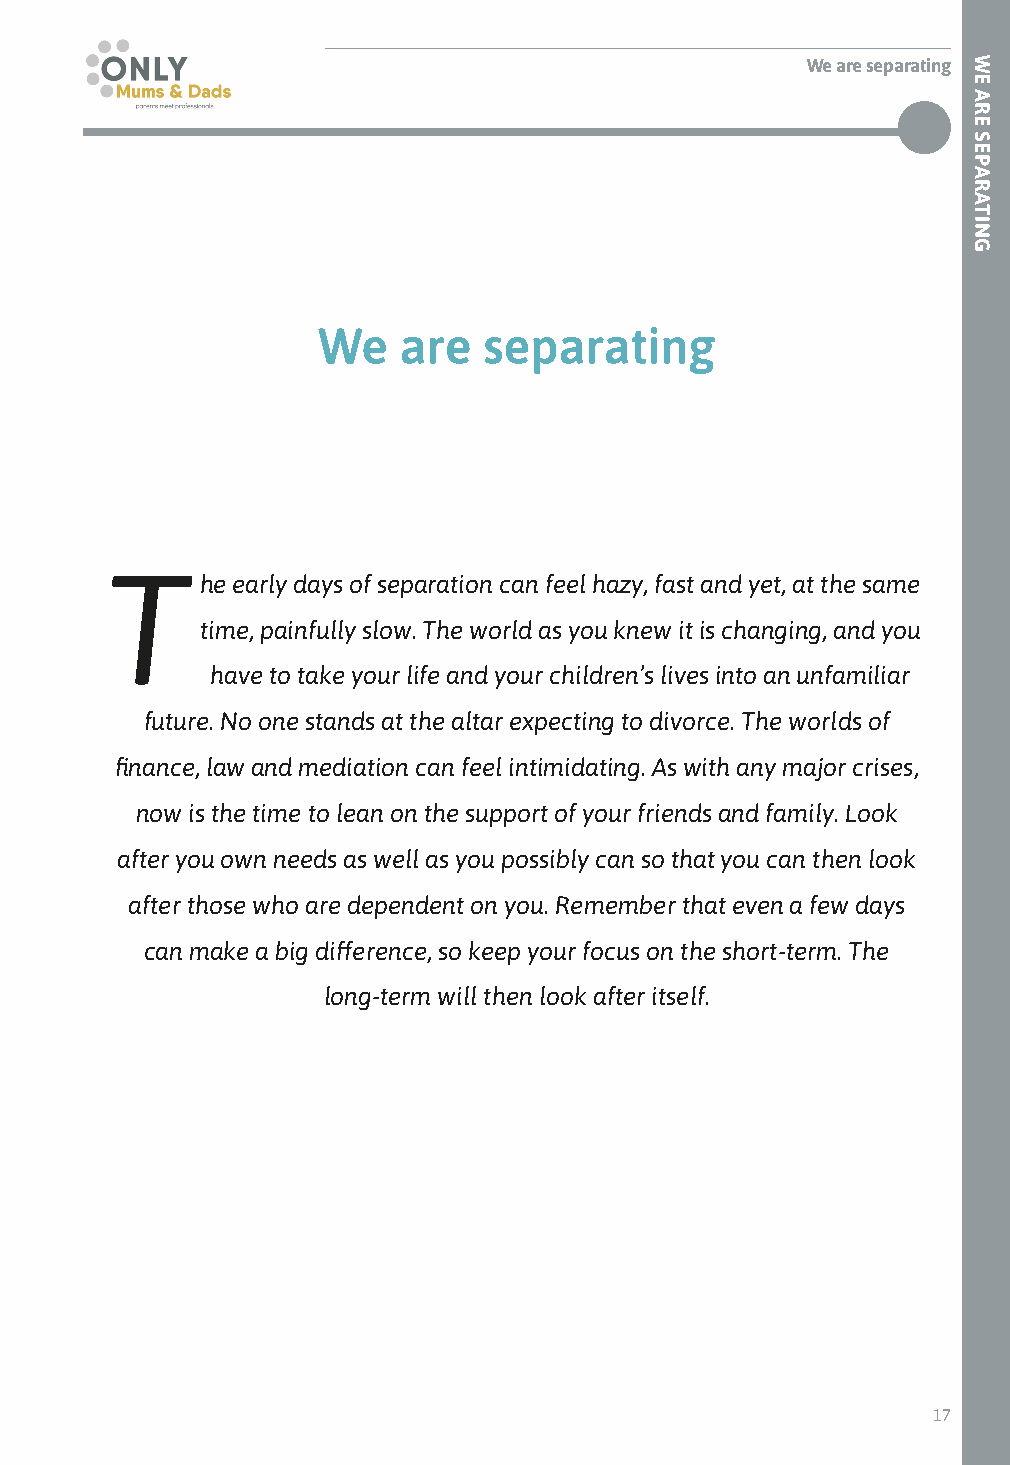
We are separating
 We   are   separating
 T
 he early days of separation can feel hazy, fast and yet, at the same
 time, painfully slow. The world as you knew it is changing, and you
 have to take your life and your children’s lives into an unfamiliar
 future. No one stands at the altar expecting to divorce. The worlds of
 finance, law and mediation can feel intimidating. As with any major crises,
 now is the time to lean on the support of your friends and family. Look
 after you own needs as well as you possibly can so that you can then look
 after those who are dependent on you. Remember that even a few days
 can make a big difference, so keep your focus on the short-term. The
 long-term will then look after itself.
 17
 WE
 ARE
 SEPARATING